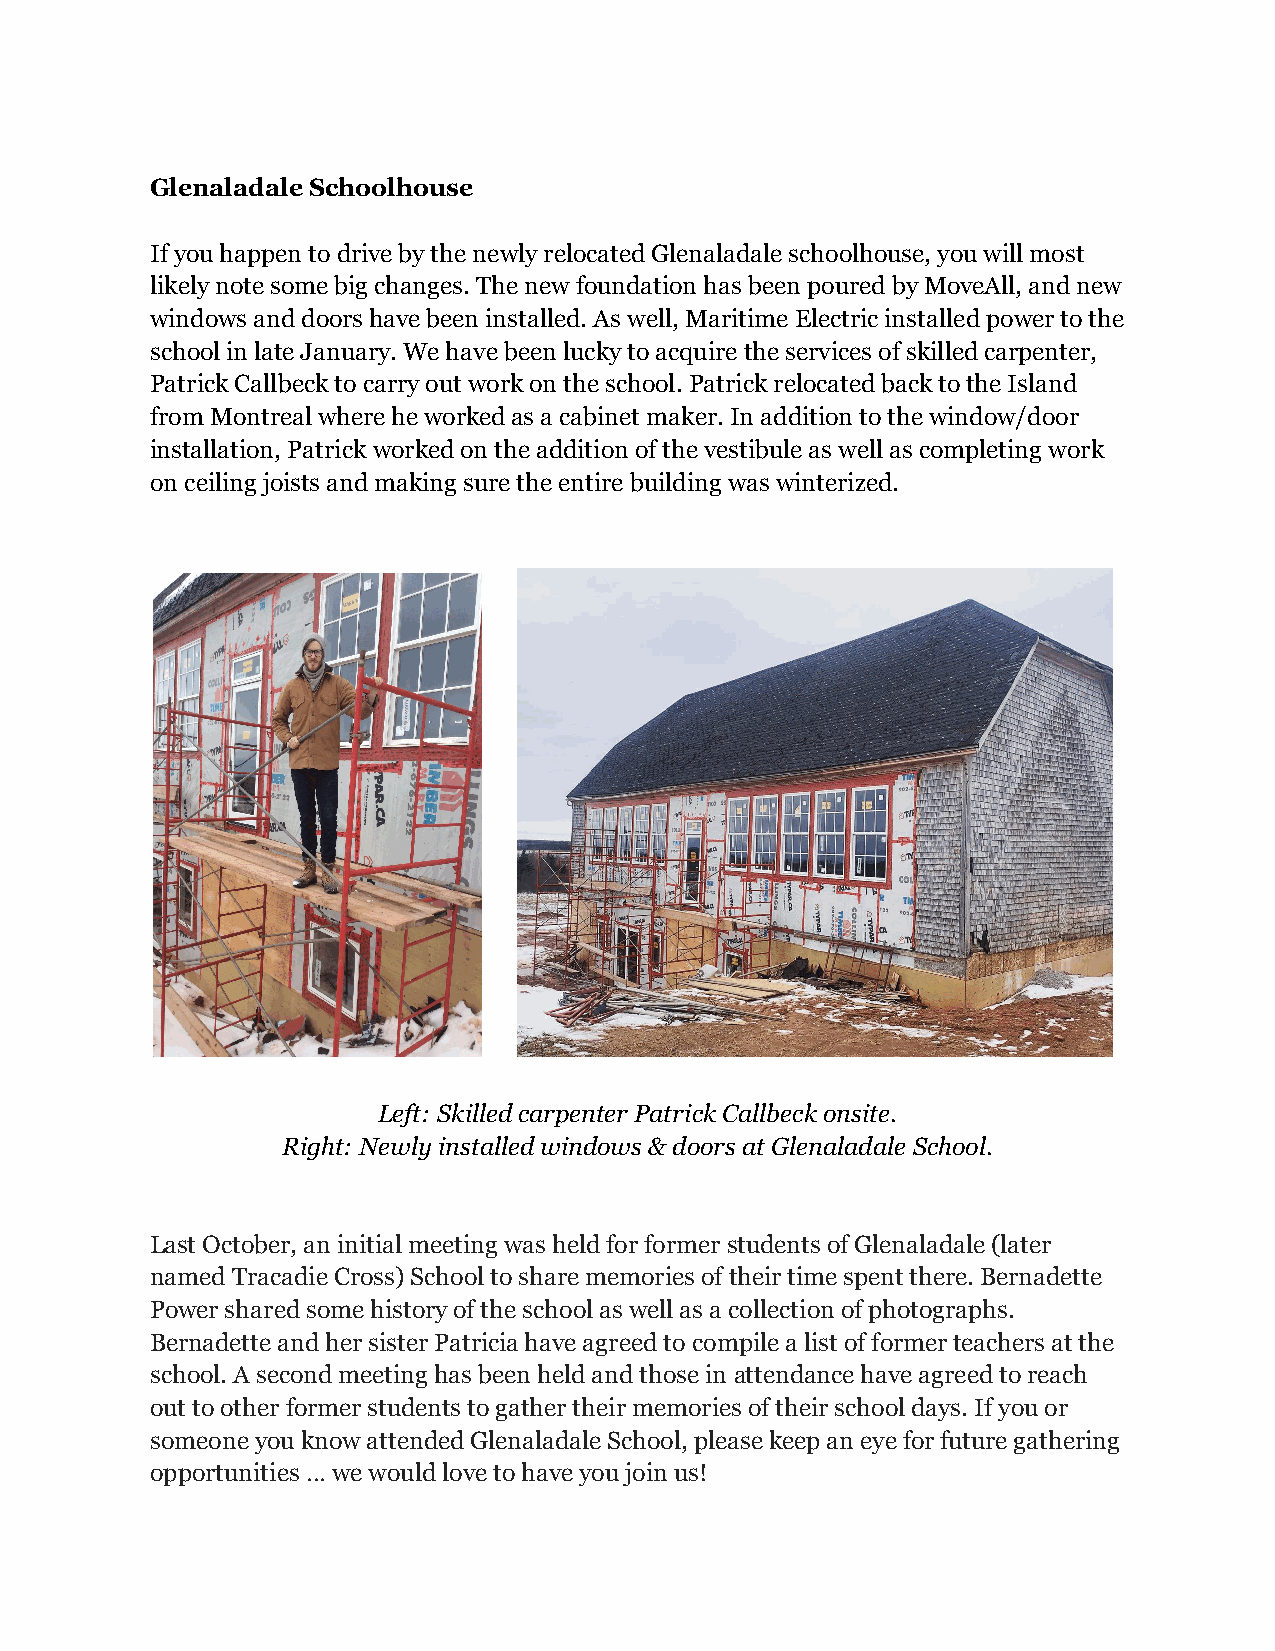
Glenaladale Schoolhouse
 If you happen to drive by the newly relocated Glenaladaleschoolhouse, you will most
 likely note some big changes. The new foundation hasbeen poured by MoveAll, and new
 windows and doors have been installed. As well, MaritimeElectric installed power to the
 school in late January. We have been lucky to acquirethe services of skilled carpenter,
 Patrick Callbeck to carry out work on the school.Patrick relocated back to the Island
 from Montreal where he worked as a cabinet maker.In addition to the window/door
 installation, Patrick worked on the addition of thevestibule as well as completing work
 on ceiling joists and making sure the entire buildingwas winterized.
 Left: Skilled carpenter Patrick Callbeck onsite.
 Right: Newly installed windows & doors at GlenaladaleSchool.
 Last October, an initial meeting was held for formerstudents of Glenaladale (later
 named Tracadie Cross) School to share memories oftheir time spent there. Bernadette
 Power shared some history of the school as well asa collection of photographs.
 Bernadette and her sister Patricia have agreed tocompile a list of former teachers at the
 school. A second meeting has been held and those inattendance have agreed to reach
 out to other former students to gather their memoriesof their school days. If you or
 someone you know attended Glenaladale School, pleasekeep an eye for future gathering
 opportunities … we would love to have you join us!